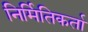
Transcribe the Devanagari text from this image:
निर्मितिकर्ता